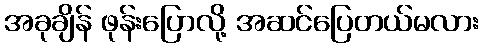
အခုချိန် ဖုန်းပြောလို့ အဆင်ပြေတယ်မလား